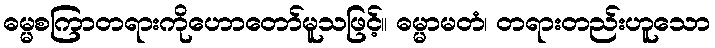
ဓမ္မစကြာတရားကိုဟောတော်မူသဖြင့်။ ဓမ္မာမတံ၊ တရားတည်းဟူသော